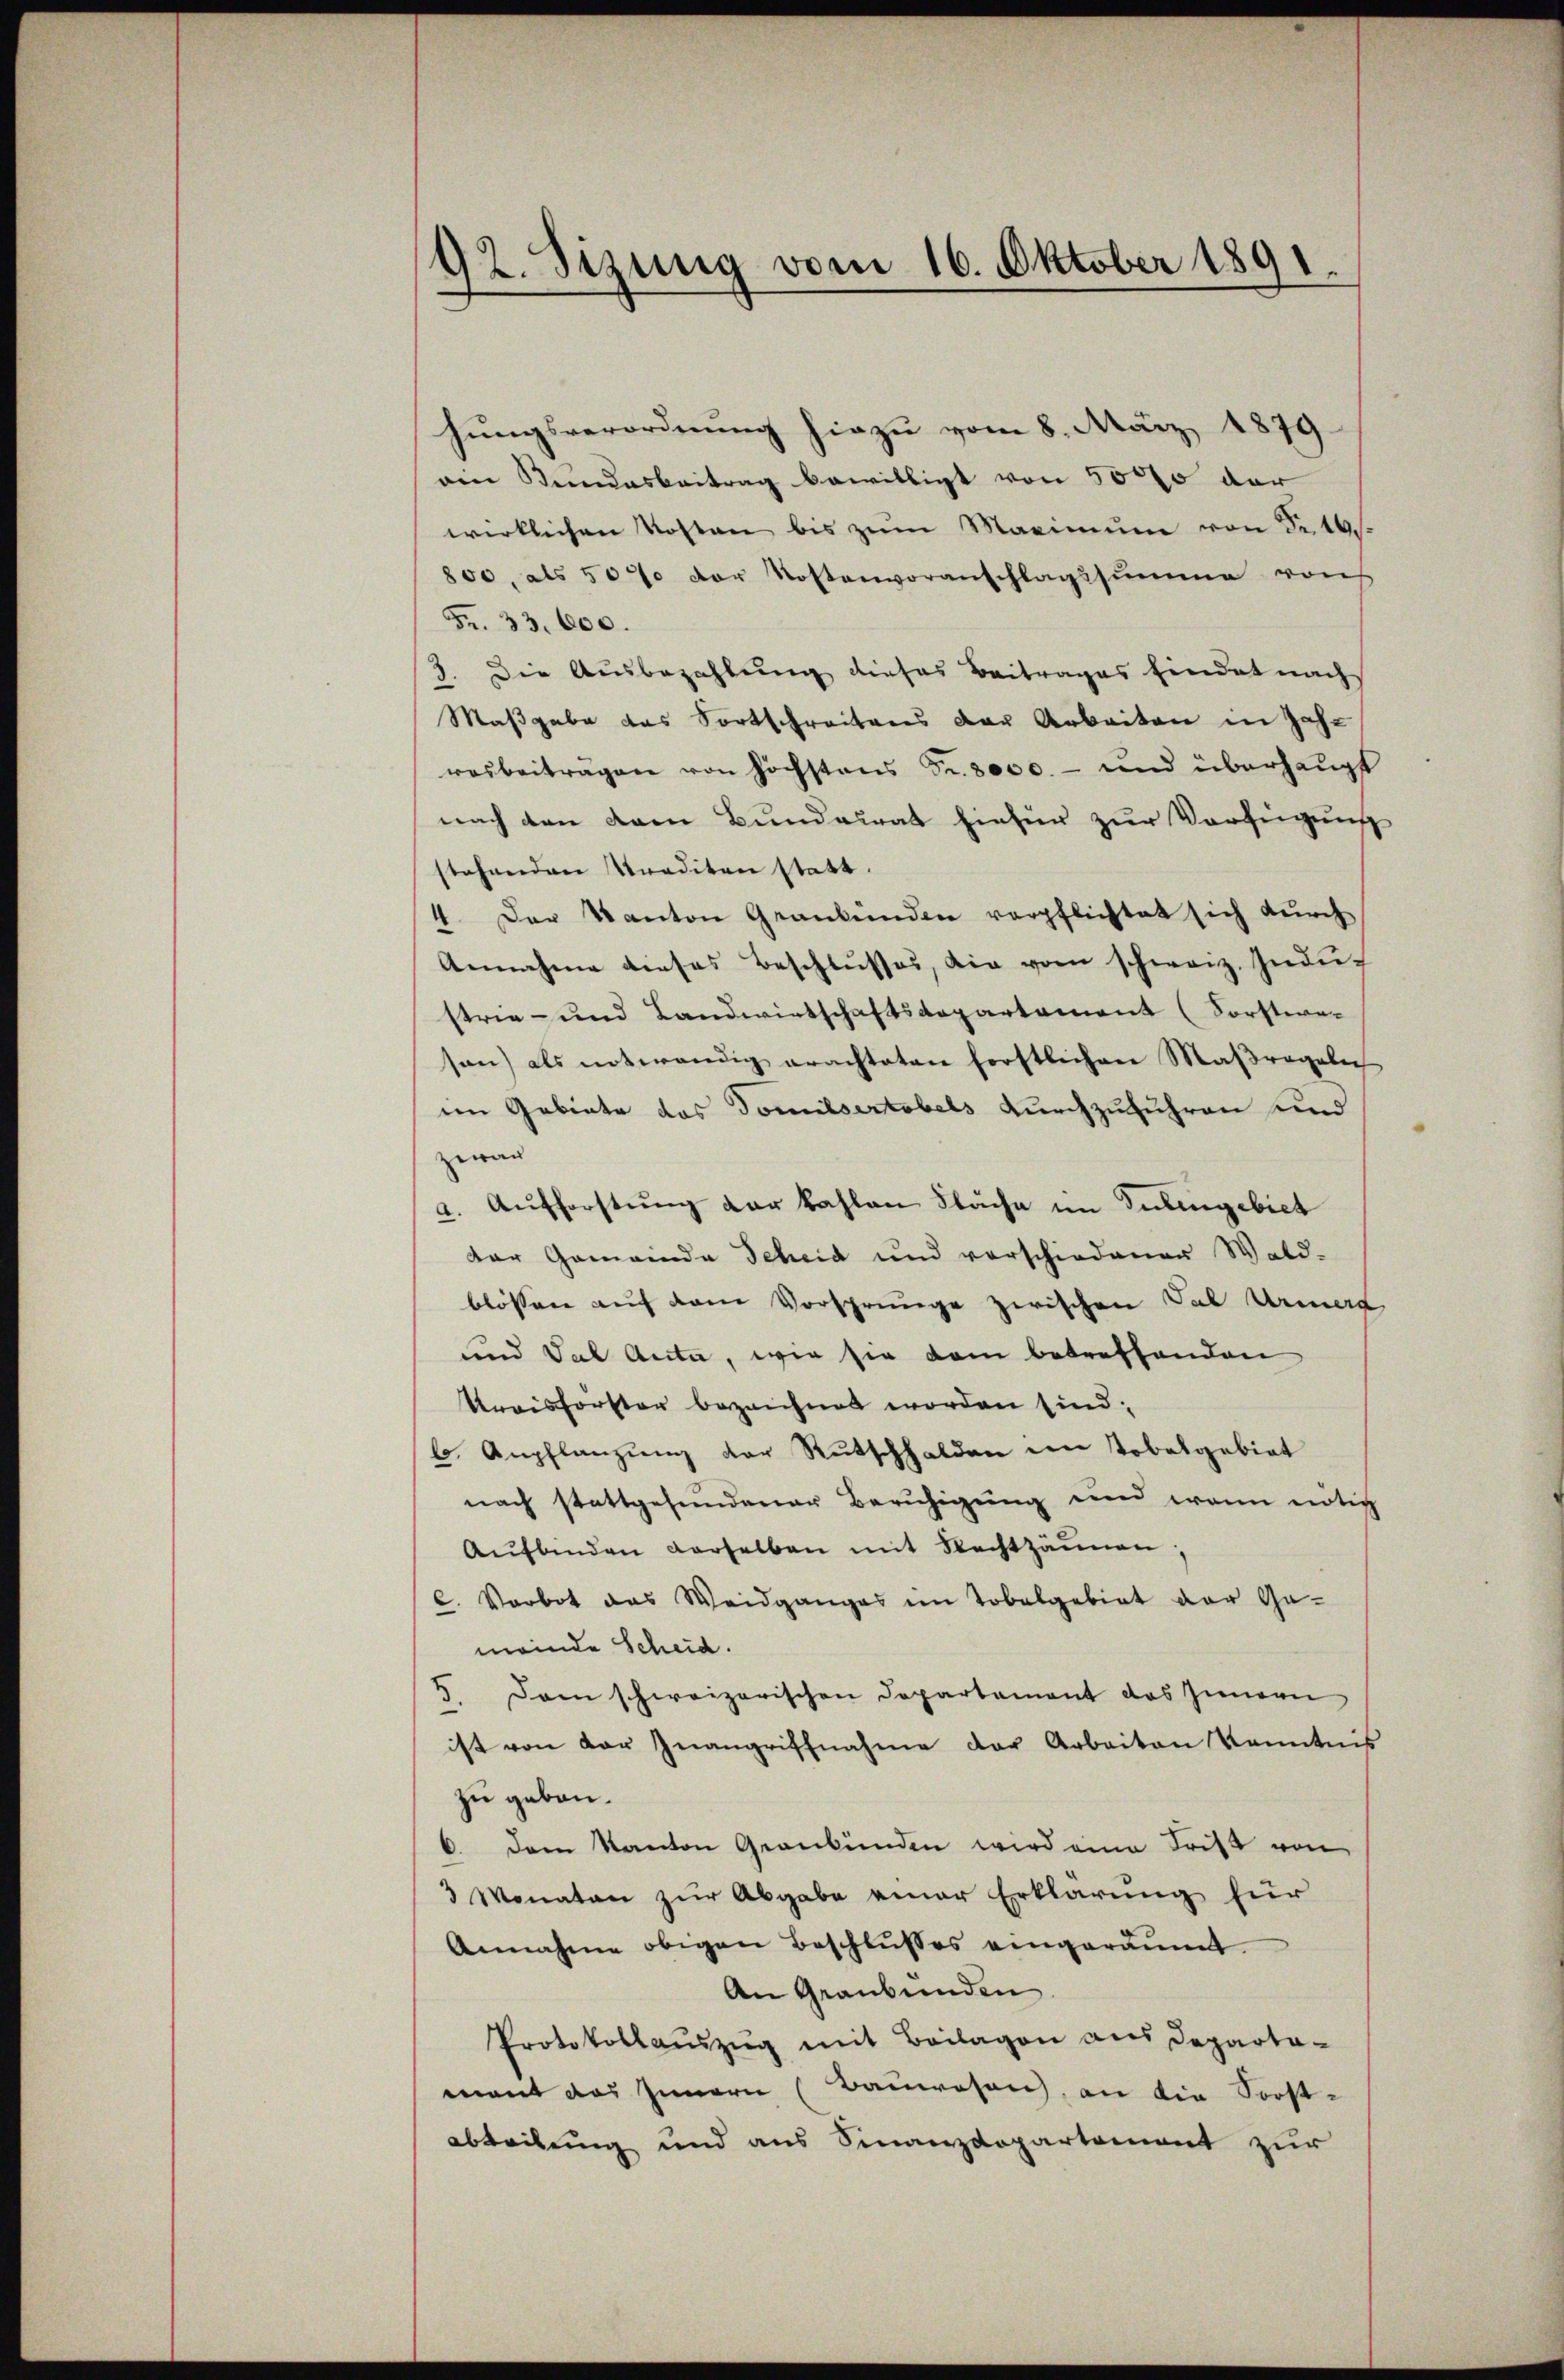
92. Sizung vom 16. Oktober 1891.

hungsverordnung hiezu vom 8. März 1879.
ein Bundesbeitrag bewilligt von 5000 der
wirklichen Kosten bis zŭm Maximŭm von Nr. 19.
800, als 507 der Kostenvoranschlagssumme von
Fr. 33. 600.
3. Die Ausbezahlŭng dieses Beitrages findet nach
Maßgabe das Fortschreitens der Arbeiten in Jahr
resbeiträgen von höchstens Fr. 3000.- und überhaupt
nach den dem Bundesrat hiefür zur Verfügung
stehenden Krediten statt.
4. Der Kanton Graubünden verpflichtet sich durch
Annahme dieses Beschlŭsses, die vom schweiz. Indu-
strie- und Landwirtschaftsdepartement (Sorsteresen) als notwendig erachteten forstlichen Maßregelich
im Gebiete des Domilsertobels durchzuführen und
zwar
a. Aŭfforstŭng der kahlen Fläche im Julingebiet
der Gemeinde Scheid und vorschiedener Wald-
blossen auf dem Vorsprunge zwischen Tal Armen
sind Tal Anta, wie sie dam betreffenden
Kreisforster bezeichnet worden sind;
b. Anpflanzung der Rutschhalden im Tobelgebiet
nach stattgefundener Beruhigung und wenn nötig
Aŭfbinden derselben mit Rechtzäunen,
C. Vorbot das Weidganges im Tobelgebiet der Ge-
meinde Scheid.
5. Dann schweizerischen Departement das Innern
ist von der Inangriffnahme der Arbeiten Kenntnis
zu gebau.
b. dem Kanton Graubünden wird eine Frist von
3 Monaten zur Abgabe einer Erklärung für
Annahme obigen Beschlŭsses eingeräumt.
An Graubünden
Protokollaŭszŭg mit Beilagen aus Departa-
mant das Innern (Bauwesen, an die Forst-
abteilung und aus Finanzdepartement zur